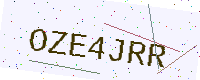
Text: OZE4JRR